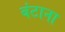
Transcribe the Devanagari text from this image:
बंटाना